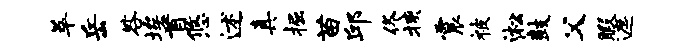
萃岳咎埃首悠述真掘苗邱佟挟震被淞鼓父暇遮